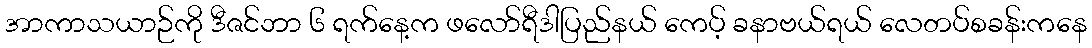
အာကာသယာဉ်ကို ဒီဇင်ဘာ ၆ ရက်နေ့က ဖလော်ရီဒါပြည်နယ် ကေပ့် ခနာဗယ်ရယ် လေတပ်စခန်းကနေ